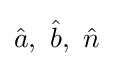
{\hat {a}},\ {\hat {b}},\ {\hat {n}}